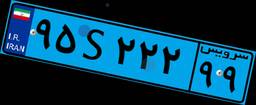
۴۵S۲۲۵۸۹